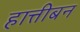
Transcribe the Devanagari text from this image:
हात्तीबन